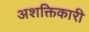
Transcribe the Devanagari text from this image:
अशक्तिकारी